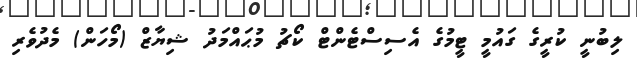
ލިބުނީ ކުރީގެ ގައުމީ ޓީމުގެ އެސިސްޓެންޓް ކޯޗު މުޙައްމަދު ޝިޔާޒް (މޯހަން) މެދުވެރި